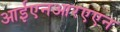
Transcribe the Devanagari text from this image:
आईएनआरएएन